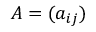
A = ( a _ { i j } )